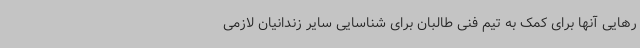
رهایی آنها برای کمک به تیم فنی طالبان برای شناسایی سایر زندانیان لازمی